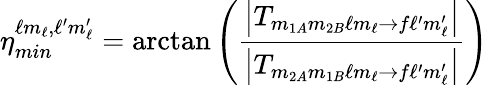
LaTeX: \eta_{min}^{\ell m_{\ell},\ell^{\prime}m_{\ell}^{\prime}}=\arctan\left(\frac{\left|T_{m_{1A}m_{2B}\ell m_{\ell}\rightarrow f\ell^{\prime}m_{\ell}^{\prime}}\right|}{\left|T_{m_{2A}m_{1B}\ell m_{\ell}\rightarrow f\ell^{\prime}m_{\ell}^{\prime}}\right|}\right)